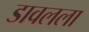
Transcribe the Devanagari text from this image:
डावलला